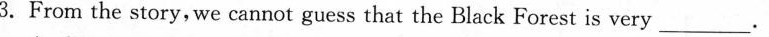
3.From the story, we cannot guess that the Black Forest is very___.